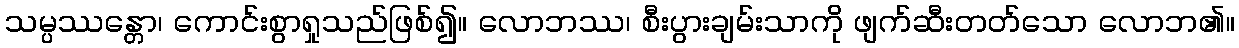
သမ္ပဿန္တော၊ ကောင်းစွာရှုသည်ဖြစ်၍။ လောဘဿ၊ စီးပွားချမ်းသာကို ဖျက်ဆီးတတ်သော လောဘ၏။